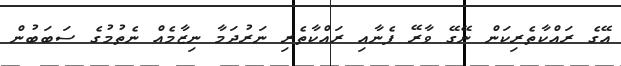
އޭގެ ރައްކާތެރިކަން ނޭގޭ ވާރޭ ފެނާއި ރައްކާތެރި ނަރުދަމާ ނިޒާމެއް ނެތުމުގެ ސަބަބުން